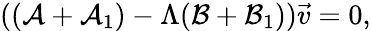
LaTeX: ((\mathcal{A}+\mathcal{A}_{1})-\Lambda(\mathcal{B}+\mathcal{B}_{1}))\vec{v}=0,